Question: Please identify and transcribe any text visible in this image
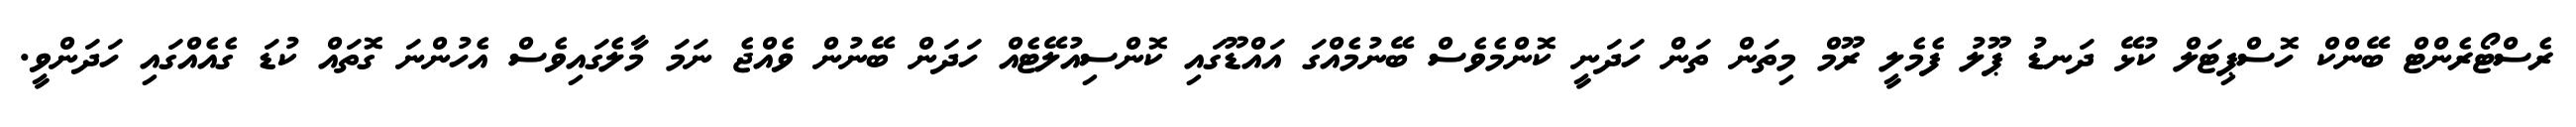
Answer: ރެސްޓޯރެންޓް ބޭންކް ހޮސްޕިޓަލް ކުޅޭ ދަނޑު ޕޫލު ފެމެލީ ރޫމް މިތަން ތަން ހަދަނީ ކޮންމެވެސް ބޭނުމެއްގަ އައްޑޫގައި ކޮންސިއުލޭޓެއް ހަދަން ބޭނުން ވެއްޖެ ނަމަ މާލެގައިވެސް އެހުންނަ ގޮތައް ކުޑަ ގެއެއްގައި ހަދަންވީ.